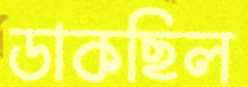
ডাকছিল